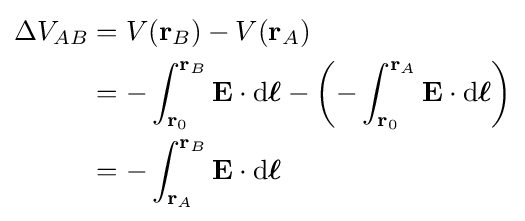
{\begin{aligned}\Delta V_{AB}&=V(\mathbf {r} _{B})-V(\mathbf {r} _{A})\\&=-\int _{\mathbf {r} _{0}}^{\mathbf {r} _{B}}\mathbf {E} \cdot \mathrm {d} {\boldsymbol {\ell }}-\left(-\int _{\mathbf {r} _{0}}^{\mathbf {r} _{A}}\mathbf {E} \cdot \mathrm {d} {\boldsymbol {\ell }}\right)\\&=-\int _{\mathbf {r} _{A}}^{\mathbf {r} _{B}}\mathbf {E} \cdot \mathrm {d} {\boldsymbol {\ell }}\end{aligned}}